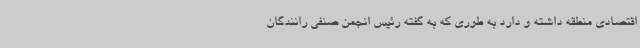
اقتصادی منطقه داشته و دارد به طوری که به گفته رئیس انجمن صنفی رانندگان